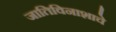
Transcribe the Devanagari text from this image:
जातिविनाशाचे